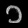
Digit: ၁